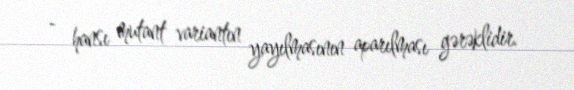
- hansı mutant variantın yayılmasının aparılması gərəklidir.